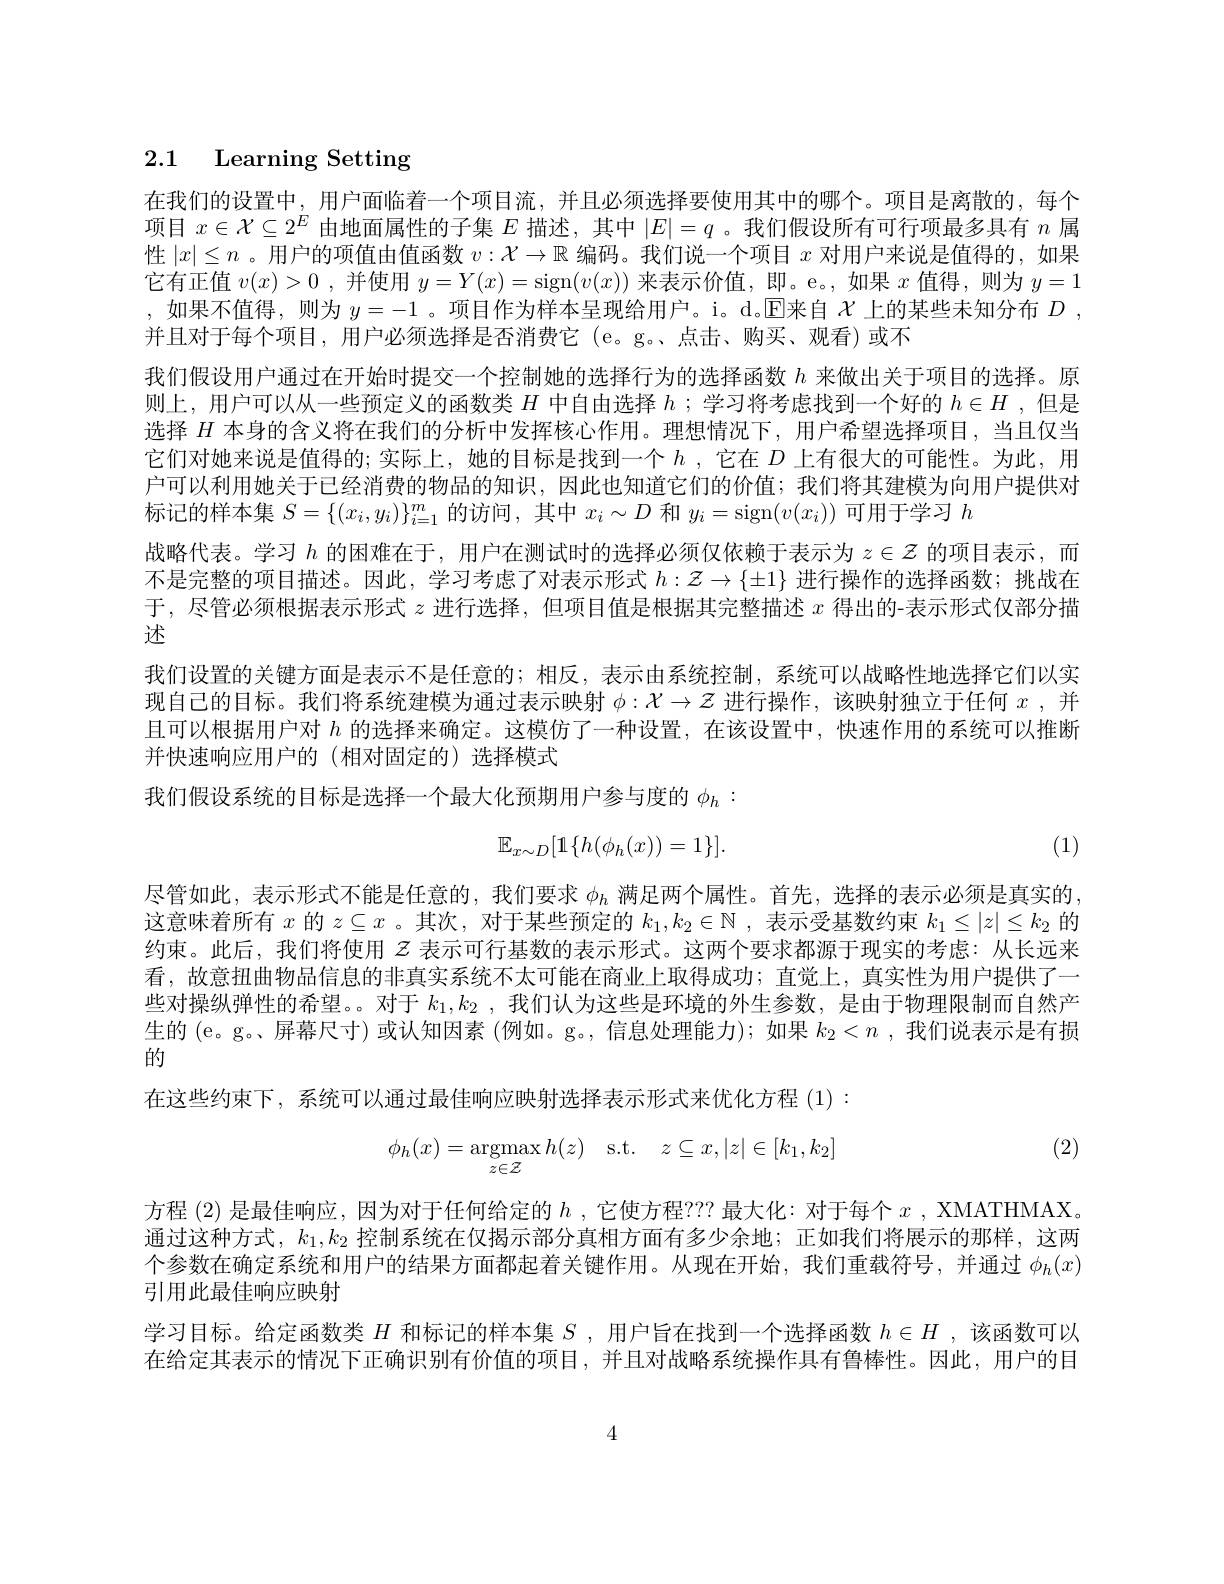
## 2.1 Learning Setting

在我们的设置中，用户面临着一个项目流，并且必须选择要使用其中的哪个。项目是离散的，每个项目$x\in\mathcal{X}\subseteq2^E$由地面属性的子集$E$描述，其中$|E|=q$ 。我们假设所有可行项最多具有$n$属性$|x|\leq n$ 。用户的项值由值函数$v:\mathcal{X}\to\mathbb{R}$编码。我们说一个项目$x$对用户来说是值得的，如果它有正值$v(x)>0$ ,并使用$y=Y(x)=\operatorname{sign}(v(x))$来表示价值，即。e。,如果$x$值得，则为$y=1$ ,如果不值得，则为$y=-1$ 。项目作为样本呈现给用户。i。d。$\operatorname{E}$来自$\mathcal{X}$上的某些未知分布$D$ , 并且对于每个项目，用户必须选择是否消费它 (e。g。、点击、购买、观看)或不
我们假设用户通过在开始时提交一个控制她的选择行为的选择函数$h$来做出关于项目的选择。原则上，用户可以从一些预定义的函数类$H$中自由选择$h$ ;学习将考虑找到一个好的$h\in H$ ,但是选择$H$本身的含义将在我们的分析中发挥核心作用。理想情况下，用户希望选择项目，当且仅当它们对她来说是值得的；实际上，她的目标是找到一个$h$ ,它在$D$上有很大的可能性。为此，用户可以利用她关于已经消费的物品的知识，因此也知道它们的价值；我们将其建模为向用户提供对标记的样本集$S=\{(x_i,y_i)\}_{i=1}^m$的访问，其中$x_i\sim D$和$y_i=$sign$(v(x_i))$可用于学习$h$
战略代表。学习$h$的困难在于，用户在测试时的选择必须仅依赖于表示为$z\in\mathcal{Z}$的项目表示，而不是完整的项目描述。因此，学习考虑了对表示形式$h:\mathcal{Z}\to\{\pm1\}$进行操作的选择函数；挑战在于，尽管必须根据表示形式$z$进行选择，但项目值是根据其完整描述$x$得出的-表示形式仅部分描述
我们设置的关键方面是表示不是任意的；相反，表示由系统控制，系统可以战略性地选择它们以实现自己的目标。我们将系统建模为通过表示映射$\phi:\mathcal{X}\to\mathcal{Z}$进行操作，该映射独立于任何$x$ , 并且可以根据用户对$h$的选择来确定。这模仿了一种设置，在该设置中，快速作用的系统可以推断并快速响应用户的(相对固定的)选择模式
我们假设系统的目标是选择一个最大化预期用户参与度的$\phi_h:$
(1)
$$\mathbb{E}_{x\sim D}[\mathbb{1}\{h(\phi_h(x))=1\}].$$
尽管如此，表示形式不能是任意的，我们要求$\phi_h$满足两个属性。首先，选择的表示必须是真实的， 这意味着所有$x$的$z\subseteq x$ 。其次，对于某些预定的$k_1,k_2\in\mathbb{N}$,表示受基数约束$k_1\leq|z|\leq k_2$的约束。此后，我们将使用$z$表示可行基数的表示形式。这两个要求都源于现实的考虑：从长远来看，故意扭曲物品信息的非真实系统不太可能在商业上取得成功；直觉上，真实性为用户提供了一些对操纵弹性的希望。。对于$k_1,k_2$ ,我们认为这些是环境的外生参数，是由于物理限制而自然产生的 (e。g。屏幕尺寸) 或认知因素 (例如。g。,信息处理能力);如果$k_2<n$ ,我们说表示是有损的
在这些约束下，系统可以通过最佳响应映射选择表示形式来优化方程 (1):
(2)
$$\phi_h(x)=\mathop{\mathrm{argmax}}\limits_{z\in\mathcal{Z}}h(z)\quad\mathrm{s.t.}\quad z\subseteq x,|z|\in[k_1,k_2]$$
方程 (2) 是最佳响应，因为对于任何给定的$h$ ,它使方程？?? 最大化：对于每个$x$ , XMATHMAX。通过这种方式，$k_1,k_2$控制系统在仅揭示部分真相方面有多少余地；正如我们将展示的那样，这两个参数在确定系统和用户的结果方面都起着关键作用。从现在开始，我们重载符号，并通过$\phi_h(x)$ 引用此最佳响应映射
学习目标。给定函数类$H$和标记的样本集$S$,用户旨在找到一个选择函数$h\in H$,该函数可以在给定其表示的情况下正确识别有价值的项目，并且对战略系统操作具有鲁棒性。因此，用户的目
4